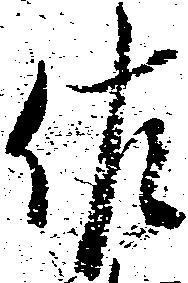
佐